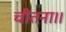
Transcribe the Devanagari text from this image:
चीतना।।